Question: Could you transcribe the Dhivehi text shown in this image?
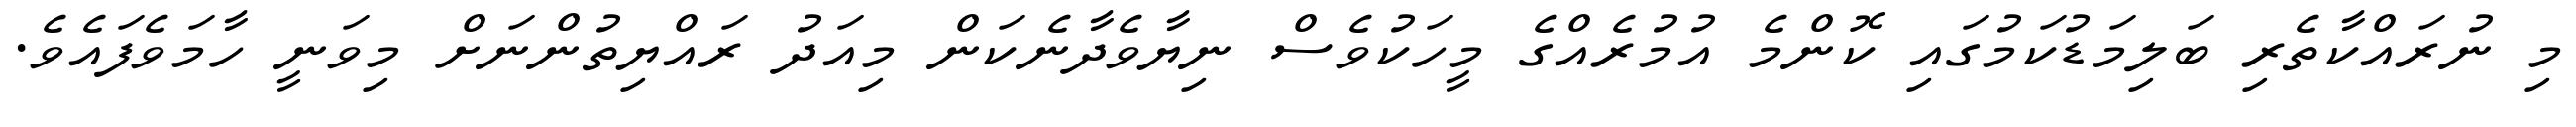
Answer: މި ނުރައްކާތެރި ބަލިމަޑުކަމުގައި ކޮންމެ އުމުރެއްގެ މީހަކުވެސް ނިޔާވެދާނެކަން މިއަދު ރައްޔިތުންނަށް މިވަނީ ހާމަވެފައެވެ.